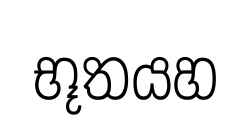
භූතයහ